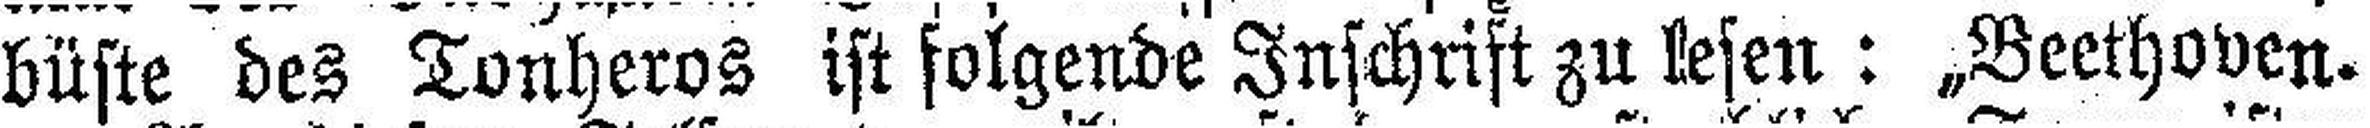
büste des Tonheros ist folgende Inschrift zu lesen: „Beethoven.